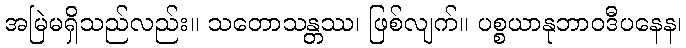
အမြဲမရှိသည်လည်း။ သတောသန္တဿ၊ ဖြစ်လျက်။ ပစ္စယာနုဘာဝဒီပနေန၊